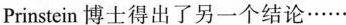
Prinstein 博士得出了另一个结论……